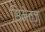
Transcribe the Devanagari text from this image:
सिमेत्ज़